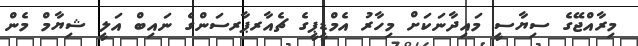
މިރާއްޖޭގެ ސިޔާސީ މައިދާނަކަށް މިހާރު އެމްޑީޕީގެ ޗެއާރޕާރސަންގެ ނައިބް އަލީ ޝިޔާމް މެން